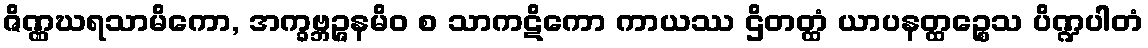
ဇိဏ္ဏဃရသာမိကော, အက္ခဗ္ဘဉ္ဇနမိဝ စ သာကဋိကော ကာယဿ ဌိတတ္ထံ ယာပနတ္ထဉ္စေသ ပိဏ္ဍပါတံ